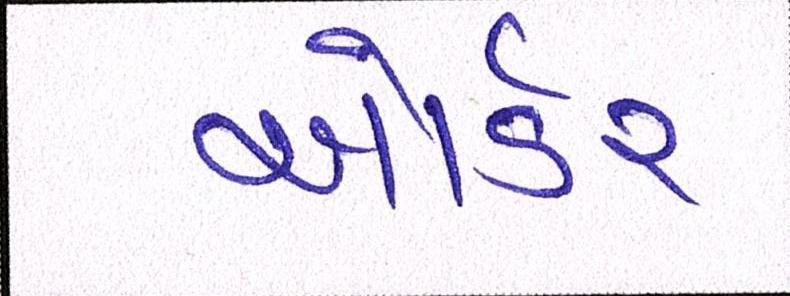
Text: ઓર્ડર